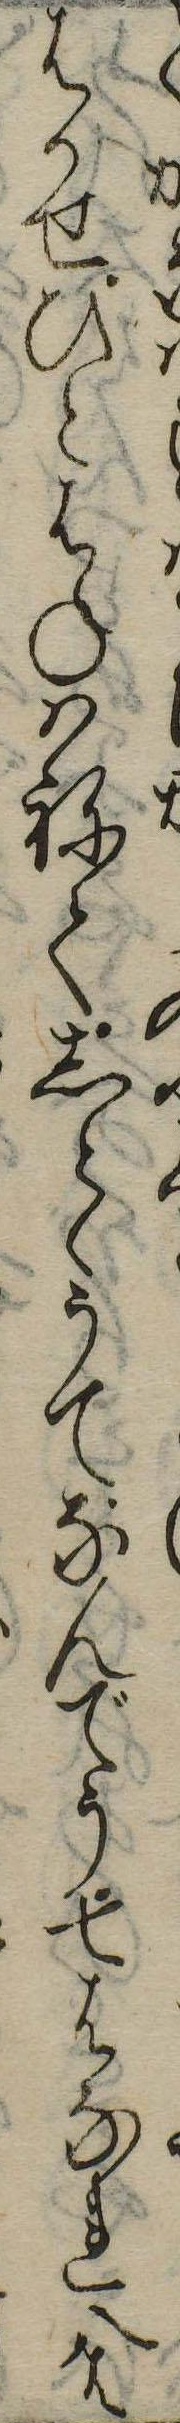
はかせひとはねはねてしとゝうてなんでう七はなれ八は